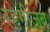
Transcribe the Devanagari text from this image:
रहेगीजब